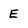
Character: E